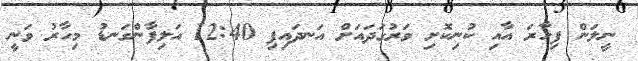
ނީލަން ފިހާރަ އާއި ކުނިކޮށި ވަރުގަދައަށް އަނދައިފި 12:40 އަލިފާންގަނޑު މިހާރު ވަނީ